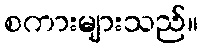
စကားများသည်။